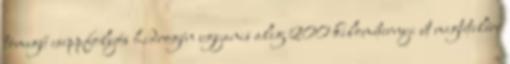
tömegű cseppfolyós hidrogén ugyanis alig 200 kilométernyi út megtételére